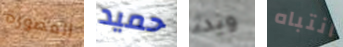
المصورة حميد وبدء انتباه